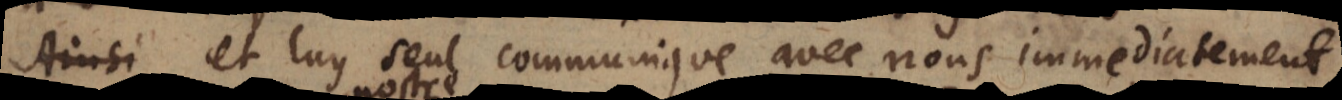
seul, et luy seul communique avec nous immediatement